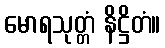
မောရသုတ္တံ နိဋ္ဌိတံ။